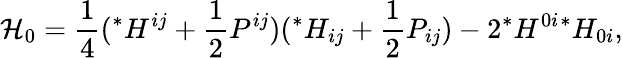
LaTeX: {\cal{H}}_{0}=\frac{1}{4}({}^{*}H^{ij}+\frac{1}{2}P^{ij})({}^{*}H_{ij}+\frac{1}{2}P_{ij})-2{}^{*}H^{0i}{}^{*}H_{0i},